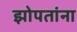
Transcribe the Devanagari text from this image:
झोपतांना